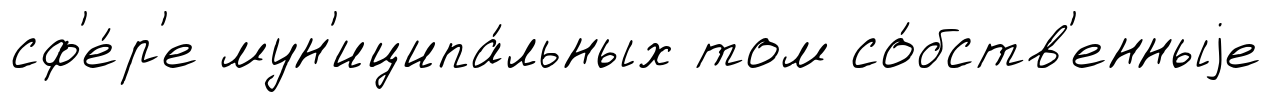
сф'е́р'е мун'иципа́льных том со́бств'енныjе